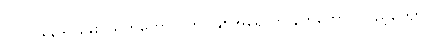
၁၂။ ၁၃၃၉-ခုနှစ် သက်တော် (၇၈) နှစ်အရောက် နတ်တော်လပြည့်ကျော်